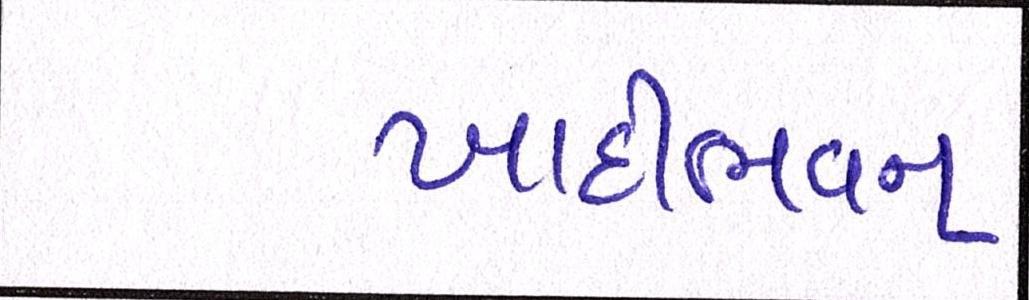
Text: ખાદીભવન